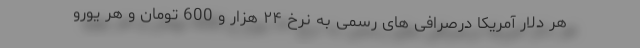
هر دلار آمریکا درصرافی های رسمی به نرخ ۲۴ هزار و 600 تومان و هر یورو